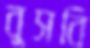
বুসবি